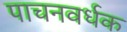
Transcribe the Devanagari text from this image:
पाचनवर्धक